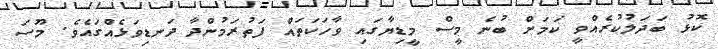
ކޮޅު ބަދަލުކުރެއްވީ ކަމަށް ބުނެ މީސް މީޑިޔާގައި ވާހަކަތައް ފަތުރަމުންދާ ދަނޑިވަޅެއްގައެވެ. މޫސަ